Indian journal of veterinary science and animal husbandry - Volumes 22-23, 1952-1953
Year: 1952
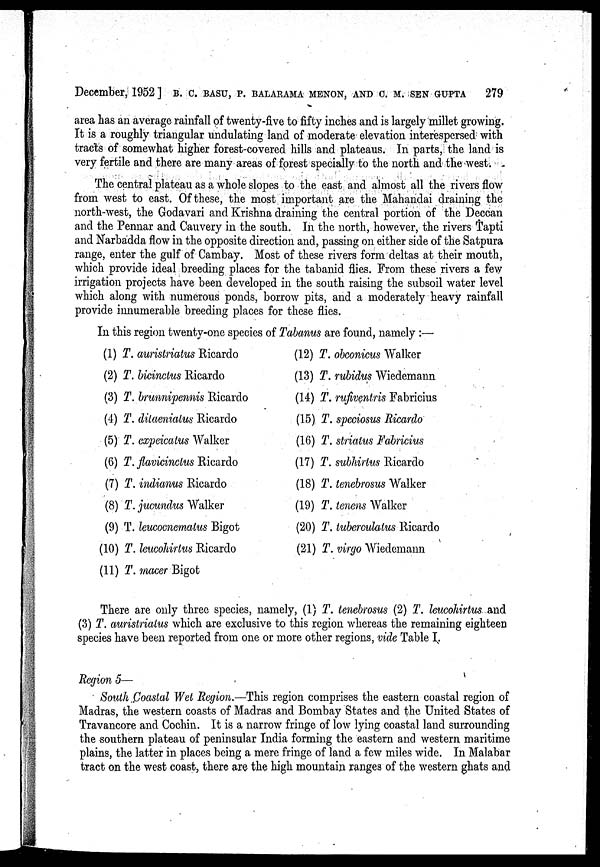
December, 1952] B. C. BASU, P. BALARAMA MENON, AND C. M. SEN GUPTA 279
area has an average rainfall of twenty-five to fifty inches and is largely millet growing.
It is a roughly triangular undulating land of moderate elevation interespersed with
tracts of somewhat higher forest-covered hills and plateaus. In parts, the land is
very fertile and there are many areas of forest specially to the north and the west.
The central plateau as a whole slopes to the east and almost all the rivers flow
from west to east. Of these, the most important are the Mahandai draining the
north-west, the Godavari and Krishna draining the central portion of the Deccan
and the Pennar and Cauvery in the south. In the north, however, the rivers Tapti
and Narbadda flow in the opposite direction and, passing on either side of the Satpura
range, enter the gulf of Cambay. Most of these rivers form deltas at their mouth,
which provide ideal breeding places for the tabanid flies. From these rivers a few
irrigation projects have been developed in the south raising the subsoil water level
which along with numerous ponds, borrow pits, and a moderately heavy rainfall
provide innumerable breeding places for these flies.
In this region twenty-one species of Tabanus are found, namely:—
(1) T. auristriatus Ricardo
(2) T. bicinctus Ricardo
(3) T. brunnipennis Ricardo
(4) T. dilaeniatus Ricardo
(5) T. expeicatus Walker
(6) T. flavicinctus Ricardo
(7) T. indianus Ricardo
(8) T. jucundus Walker
(9) T. leucocnematus Bigot
(10) T. leucohirtus Ricardo
(11) T. macer Bigot
(12) T. obconicus Walker
(13) T. rubidus Wiedemaun
(14) T. rufiventris Fabricius
(15) T. speciosus Ricardo
(16) T. striatus Fabricius
(17) T. subhirtus Ricardo
(18) T. tenebrosus Walker
(19) T. tenens Walker
(20) T. tuberculatus Ricardo
(21) T. virgo Wiedemann
There are only three species, namely, (1) T. tenebrosus (2) T. leucohirtus and
(3) T. auristriatus which are exclusive to this region whereas the remaining eighteen
species have been reported from one or more other regions, vide Table I.
Region 5—
South Coastal Wet Region.—This region comprises the eastern coastal region of
Madras, the western coasts of Madras and Bombay States and the United States of
Travancore and Cochin. It is a narrow fringe of low lying coastal land surrounding
the southern plateau of peninsular India forming the eastern and western maritime
plains, the latter in places being a mere fringe of land a few miles wide. In Malabar
tract on the west coast, there are the high mountain ranges of the western ghats and